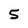
Character: 5